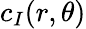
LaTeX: c_{I}(r,\theta)